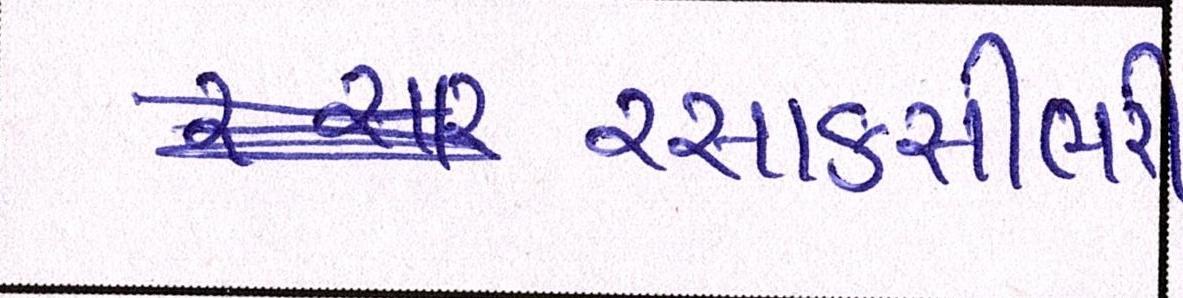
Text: રસાકસીભરી